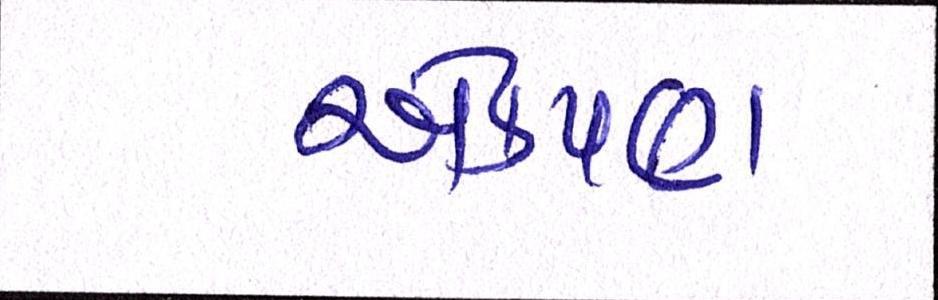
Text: એકપણ